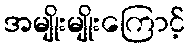
အမျိုးမျိုးကြောင့်